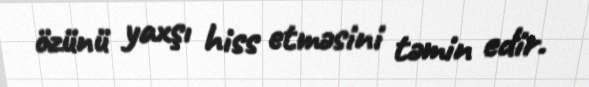
özünü yaxşı hiss etməsini təmin edir.